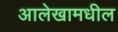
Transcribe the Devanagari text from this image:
आलेखामधील